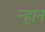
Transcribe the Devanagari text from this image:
न्हान